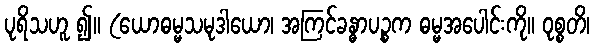
ပုရိသဟူ ၍။ (ယောဓမ္မသမုဒါယော၊ အကြင်ခန္ဓာပဉ္စက ဓမ္မအပေါင်းကို။ ဝုစ္စတိ၊